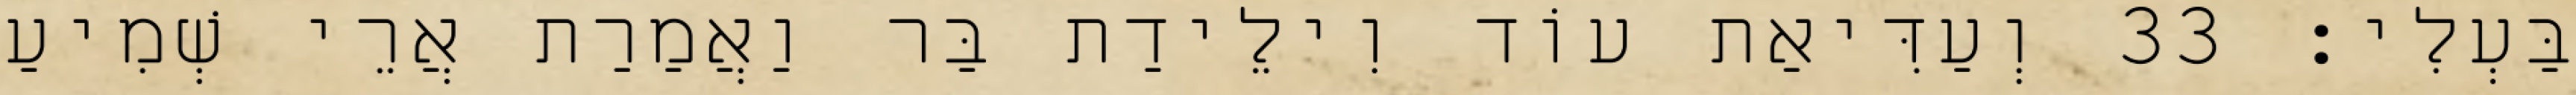
בַּעְלִי׃ 33 וְעַדִּיאַת עוֹד וִילֵידַת בַּר וַאֲמַרַת אֲרֵי שְׁמִיעַ